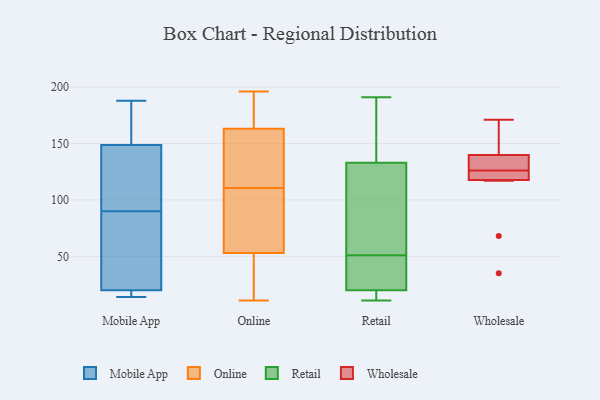
{"axis": {"x": "Satisfaction Score", "y": "Value"}, "legend": ["Mobile App", "Online", "Retail", "Wholesale"], "data": [{"x": "", "y": 18, "type": "Mobile App"}, {"x": "", "y": 188, "type": "Mobile App"}, {"x": "", "y": 27, "type": "Mobile App"}, {"x": "", "y": 178, "type": "Mobile App"}, {"x": "", "y": 90, "type": "Mobile App"}, {"x": "", "y": 115, "type": "Mobile App"}, {"x": "", "y": 18, "type": "Mobile App"}, {"x": "", "y": 155, "type": "Mobile App"}, {"x": "", "y": 14, "type": "Mobile App"}, {"x": "", "y": 130, "type": "Mobile App"}, {"x": "", "y": 26, "type": "Mobile App"}, {"x": "", "y": 66, "type": "Online"}, {"x": "", "y": 160, "type": "Online"}, {"x": "", "y": 116, "type": "Online"}, {"x": "", "y": 27, "type": "Online"}, {"x": "", "y": 53, "type": "Online"}, {"x": "", "y": 39, "type": "Online"}, {"x": "", "y": 91, "type": "Online"}, {"x": "", "y": 163, "type": "Online"}, {"x": "", "y": 16, "type": "Online"}, {"x": "", "y": 183, "type": "Online"}, {"x": "", "y": 196, "type": "Online"}, {"x": "", "y": 141, "type": "Online"}, {"x": "", "y": 181, "type": "Online"}, {"x": "", "y": 105, "type": "Online"}, {"x": "", "y": 171, "type": "Online"}, {"x": "", "y": 11, "type": "Online"}, {"x": "", "y": 54, "type": "Online"}, {"x": "", "y": 160, "type": "Online"}, {"x": "", "y": 38, "type": "Retail"}, {"x": "", "y": 29, "type": "Retail"}, {"x": "", "y": 19, "type": "Retail"}, {"x": "", "y": 11, "type": "Retail"}, {"x": "", "y": 20, "type": "Retail"}, {"x": "", "y": 133, "type": "Retail"}, {"x": "", "y": 94, "type": "Retail"}, {"x": "", "y": 148, "type": "Retail"}, {"x": "", "y": 191, "type": "Retail"}, {"x": "", "y": 64, "type": "Retail"}, {"x": "", "y": 68, "type": "Wholesale"}, {"x": "", "y": 129, "type": "Wholesale"}, {"x": "", "y": 126, "type": "Wholesale"}, {"x": "", "y": 117, "type": "Wholesale"}, {"x": "", "y": 151, "type": "Wholesale"}, {"x": "", "y": 141, "type": "Wholesale"}, {"x": "", "y": 136, "type": "Wholesale"}, {"x": "", "y": 120, "type": "Wholesale"}, {"x": "", "y": 35, "type": "Wholesale"}, {"x": "", "y": 122, "type": "Wholesale"}, {"x": "", "y": 171, "type": "Wholesale"}]}